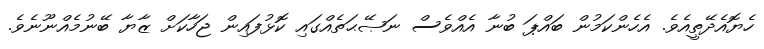
ހެޔޮއެދޭތީއެވެ. އެހެންކަމުން ބައްޕަ ބުނާ އެއްވެސް ނަޞޭޙަތެއްގައި ކޮޅުފައިން ޖަހާކަށް ޒާޔާ ބޭނުމެއްނޫނެވެ.